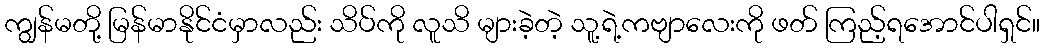
ကျွန်မတို့ မြန်မာနိုင်ငံမှာလည်း သိပ်ကို လူသိ များခဲ့တဲ့ သူ့ရဲ့ကဗျာလေးကို ဖတ် ကြည့်ရအောင်ပါရှင်။